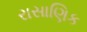
રાસાણિક